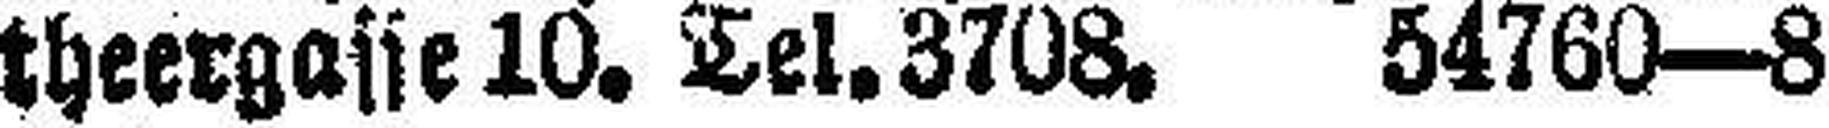
theergasse 10. Tel. 3708. 54760—8